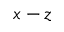
x - z